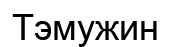
Тэмужин